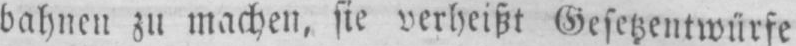
bahnen zu machen, sie verheißt Gesetzentwürfe